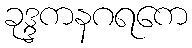
ခုဒ္ဒကနဂရကေ